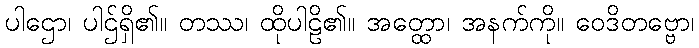
ပါဌော၊ ပါဌ်ရှိ၏။ တဿ၊ ထိုပါဠိ၏။ အတ္ထော၊ အနက်ကို။ ဝေဒိတဗ္ဗော၊